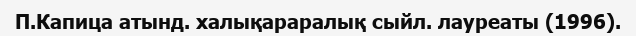
П.Капица атынд. халықараралық сыйл. лауреаты (1996).